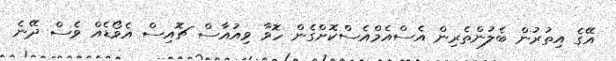
އޭގެ އިތުރުން ބެލުންތެރިން އެސްއެމްއެސްކޮށްގެން ހޮވާ ވިއުއާސް ޗޮއިސް އެވޯޑެއް ވެސް ދޭނެ